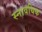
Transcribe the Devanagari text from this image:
स्नावयिक